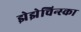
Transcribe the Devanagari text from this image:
झेझेचिन्स्का